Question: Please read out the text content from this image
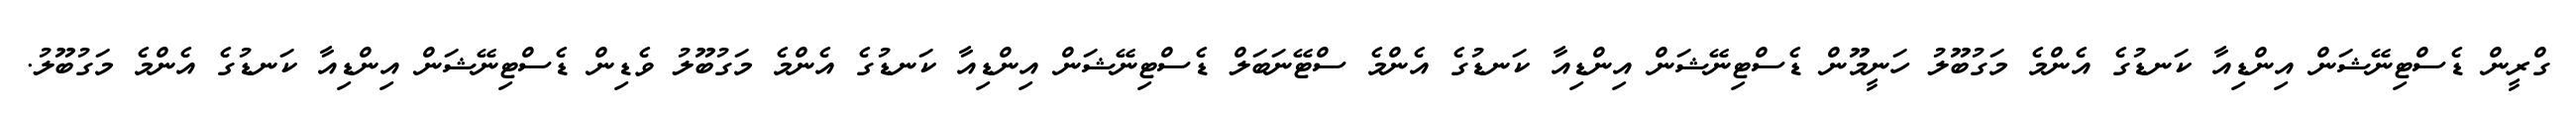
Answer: ގްރީން ޑެސްޓިނޭޝަން އިންޑިއާ ކަނޑުގެ އެންމެ މަގުބޫލު ހަނީމޫން ޑެސްޓިނޭޝަން އިންޑިއާ ކަނޑުގެ އެންމެ ސްޓޭނަބަލް ޑެސްޓިނޭޝަން އިންޑިއާ ކަނޑުގެ އެންމެ މަގުބޫލު ވެޑިން ޑެސްޓިނޭޝަން އިންޑިއާ ކަނޑުގެ އެންމެ މަގުބޫލު.